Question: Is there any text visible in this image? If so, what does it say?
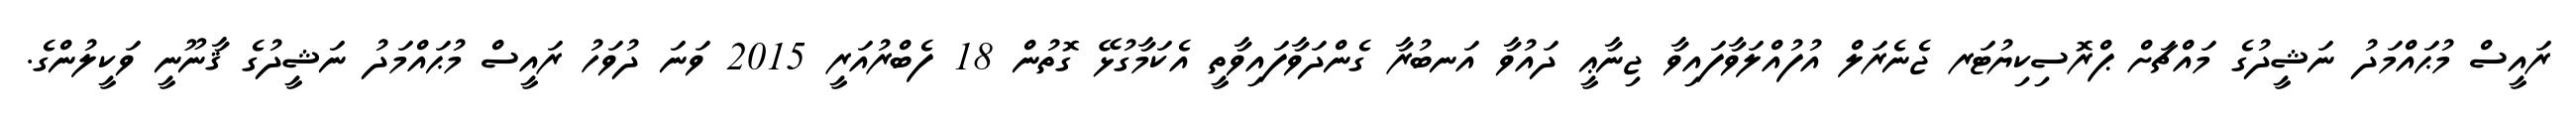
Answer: ރައީސް މުޙައްމަދު ނަޝީދުގެ މައްޗަށް ޕްރޮސިކިޔުޓަރ ޖެނެރަލް އުފުއްލަވާފައިވާ ޖިނާޢީ ދައުވާ އަނބުރާ ގެންދަވާފައިވާތީ އެކަމާގުޅޭ ގޮތުން 18 ފެބްރުއަރީ 2015 ވަނަ ދުވަހު ރައީސް މުޙައްމަދު ނަޝީދުގެ ޤާނޫނީ ވަކީލުންގެ.